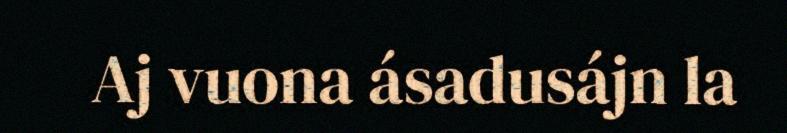
Aj vuona ásadusájn la